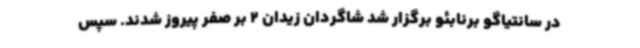
در سانتیاگو برنابئو برگزار شد شاگردان زیدان 2 بر صفر پیروز شدند. سپس